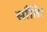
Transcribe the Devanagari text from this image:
साँति।